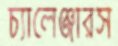
চ্যালেঞ্জারস